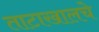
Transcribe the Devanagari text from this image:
ताटाखालचे